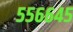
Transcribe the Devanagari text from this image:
५५६६४५